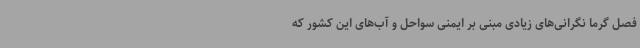
فصل گرما نگرانی‌های زیادی مبنی بر ایمنی سواحل و آب‌های این کشور که